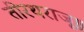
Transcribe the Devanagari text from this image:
तीरथराजू॥